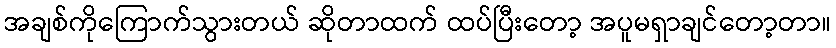
အချစ်ကိုကြောက်သွားတယ် ဆိုတာထက် ထပ်ပြီးတော့ အပူမရှာချင်တော့တာ။